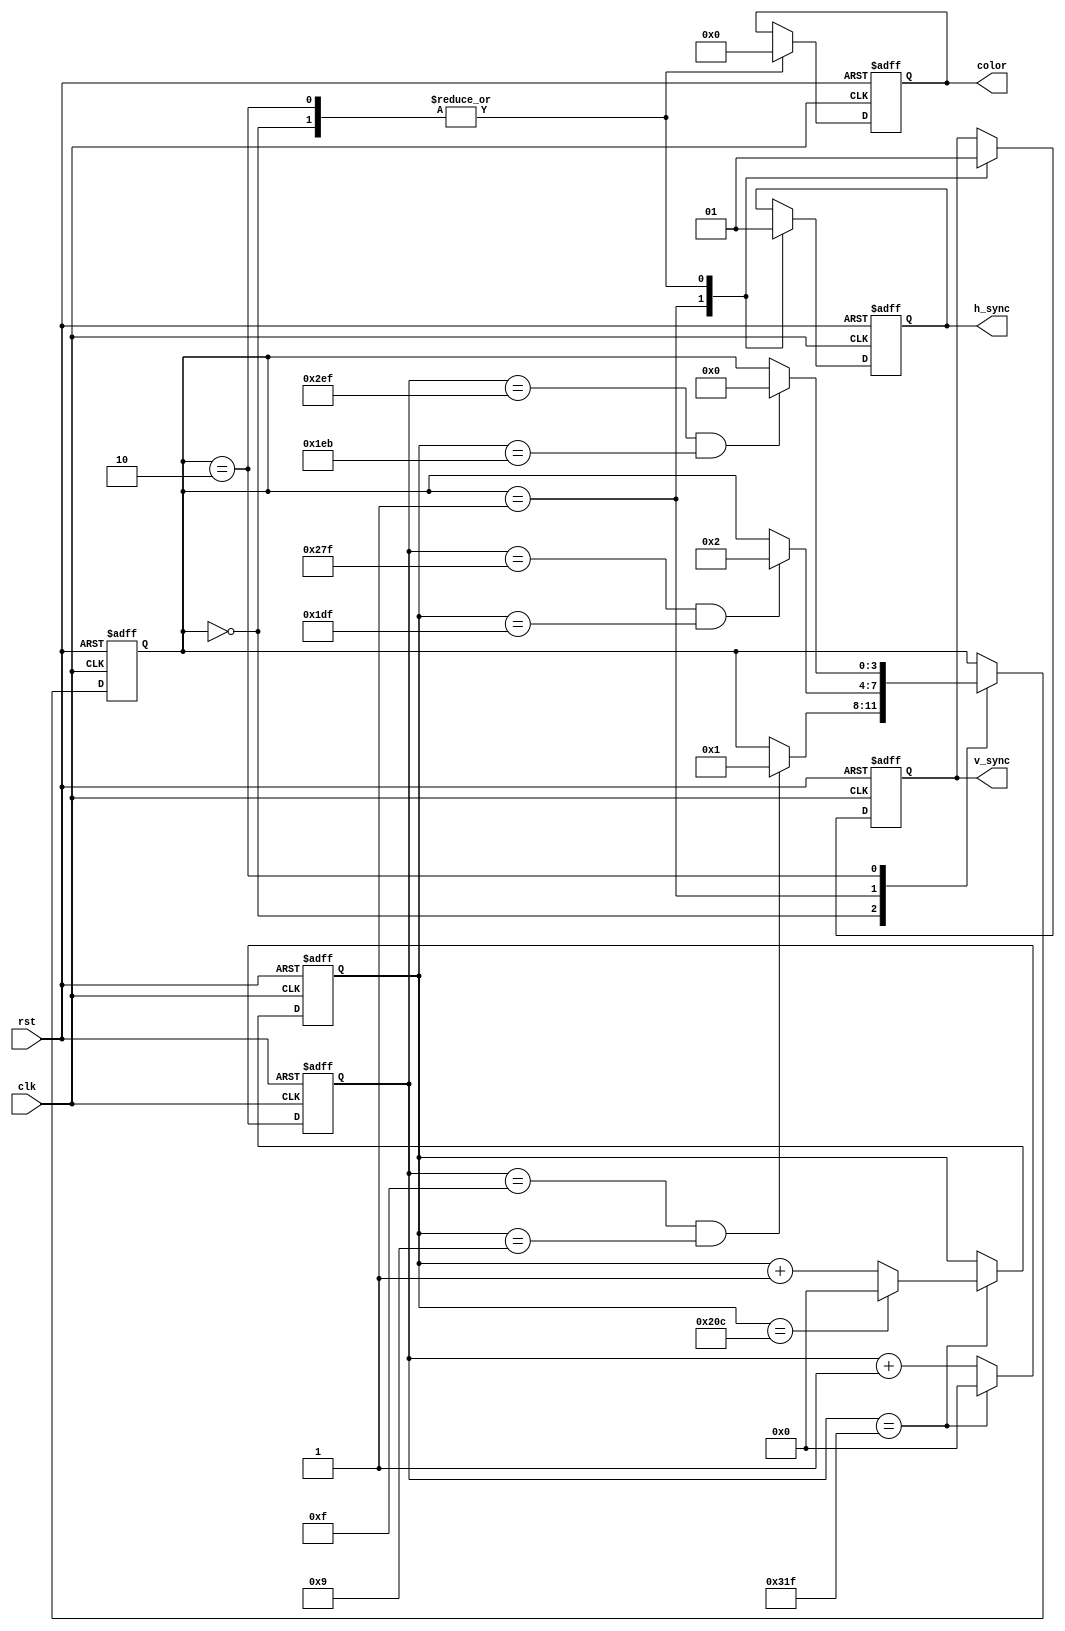
module vga_controller(
    input clk, // clock input
    input rst, // reset input
    output reg h_sync, // horizontal synchronization signal
    output reg v_sync, // vertical synchronization signal
    output reg [7:0] color // pixel color signal
);

// Parameters for VGA timing specifications
parameter H_DISPLAY = 640; // horizontal display resolution
parameter H_FRONT_PORCH = 16; // horizontal front porch
parameter H_SYNC = 96; // horizontal sync pulse
parameter H_BACK_PORCH = 48; // horizontal back porch
parameter V_DISPLAY = 480; // vertical display resolution
parameter V_FRONT_PORCH = 10; // vertical front porch
parameter V_SYNC = 2; // vertical sync pulse
parameter V_BACK_PORCH = 33; // vertical back porch

// Horizontal position counter
reg [9:0] h_count;
// Vertical position counter
reg [9:0] v_count;
// State machine for VGA controller
reg [3:0] state;

always @(posedge clk or posedge rst) begin
    if (rst) begin
        h_count <= 0;
        v_count <= 0;
        state <= 0;
        h_sync <= 0;
        v_sync <= 0;
        color <= 0;
    end else begin
        // Increment horizontal counter
        if (h_count == (H_DISPLAY + H_FRONT_PORCH + H_SYNC + H_BACK_PORCH - 1)) begin
            h_count <= 0;
            // Increment vertical counter
            if (v_count == (V_DISPLAY + V_FRONT_PORCH + V_SYNC + V_BACK_PORCH - 1)) begin
                v_count <= 0;
            end else begin
                v_count <= v_count + 1;
            end
        end else begin
            h_count <= h_count + 1;
        end
        
        // State machine operation
        case(state)
            0: begin // Front porch
                h_sync <= 1;
                v_sync <= 1;
                color <= 0;
                if (h_count == (H_FRONT_PORCH - 1) && v_count == (V_FRONT_PORCH - 1)) begin
                    state <= 1; // Start of active display
                end
            end
            1: begin // Active display
                h_sync <= 0;
                v_sync <= 0;
                // Retrieve pixel color data from memory
                // Implement logic to generate color data
                if (h_count == (H_DISPLAY - 1) && v_count == (V_DISPLAY - 1)) begin
                    state <= 2; // Start of back porch
                end
            end
            2: begin // Back porch
                h_sync <= 1;
                v_sync <= 1;
                color <= 0;
                if (h_count == (H_DISPLAY + H_FRONT_PORCH + H_SYNC - 1) && v_count == (V_DISPLAY + V_FRONT_PORCH + V_SYNC - 1)) begin
                    state <= 0; // Start of next frame
                end
            end
        endcase
    end
end

endmodule